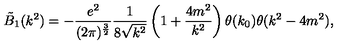
\tilde { B } _ { 1 } ( k ^ { 2 } ) = - \frac { e ^ { 2 } } { ( 2 \pi ) ^ { \frac { 3 } { 2 } } } \frac { 1 } { 8 \sqrt { k ^ { 2 } } } \left( 1 + \frac { 4 m ^ { 2 } } { k ^ { 2 } } \right) \theta ( k _ { 0 } ) \theta ( k ^ { 2 } - 4 m ^ { 2 } ) ,